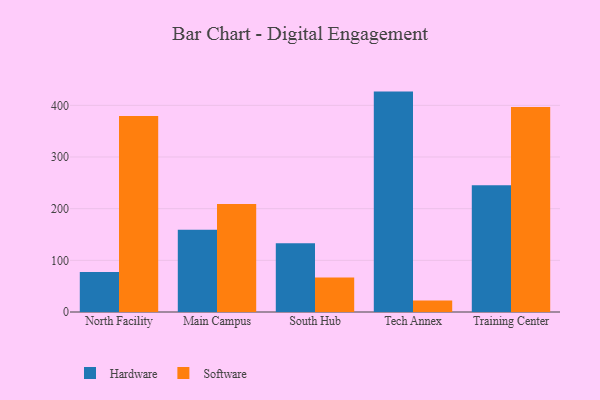
{"axis": {"x": "Campus", "y": "Website Visitors"}, "legend": ["Hardware", "Software"], "data": [{"x": "North Facility", "y": 77.5, "type": "Hardware"}, {"x": "North Facility", "y": 379.4, "type": "Software"}, {"x": "Main Campus", "y": 159.0, "type": "Hardware"}, {"x": "Main Campus", "y": 209.2, "type": "Software"}, {"x": "South Hub", "y": 132.9, "type": "Hardware"}, {"x": "South Hub", "y": 66.9, "type": "Software"}, {"x": "Tech Annex", "y": 426.6, "type": "Hardware"}, {"x": "Tech Annex", "y": 22.5, "type": "Software"}, {"x": "Training Center", "y": 245.3, "type": "Hardware"}, {"x": "Training Center", "y": 396.7, "type": "Software"}]}